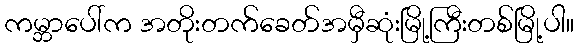
ကမ္ဘာပေါ်က အတိုးတက်ခေတ်အမှီဆုံးမြို့ကြီးတစ်မြို့ပါ။